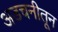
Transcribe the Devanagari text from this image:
अडचनीतून